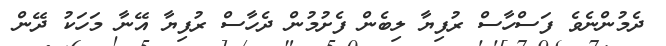
ދެމުންނެވެ ފަސްހާސް ރުފިޔާ ލިބެން ފެށުމުން ދެހާސް ރުފިޔާ އޭނާ މަހަކު ދޭން